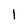
Character: 1